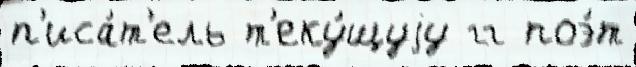
п'иса́т'ель т'еку́щуjу гг поэ́т